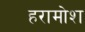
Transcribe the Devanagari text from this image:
हरामोश